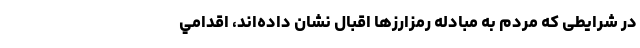
در شرايطی كه مردم به مبادله رمزارزها اقبال نشان داده‌اند، اقدامي